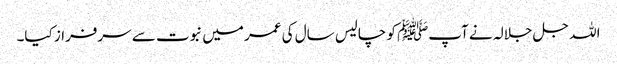
اللہ جل جلالہ نے آپﷺ کو چالیس سال کی عمر میں نبوت سے سرفراز کیا۔